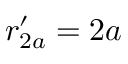
r _ { 2 a } ^ { \prime } = 2 a